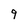
Character: 9